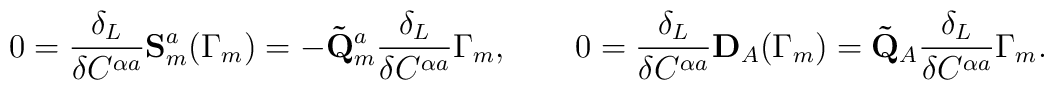
0 = \frac{\delta_L}{\delta C^{\alpha a}} \mathbf{S}_m^a(\Gamma_m) =- \mathbf{\tilde Q}_m^a \frac{\delta_L}{\delta C^{\alpha a}} \Gamma_m,\qquad0 = \frac{\delta_L}{\delta C^{\alpha a}} \mathbf{D}_A(\Gamma_m) =\mathbf{\tilde Q}_A \frac{\delta_L}{\delta C^{\alpha a}} \Gamma_m.